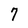
Character: 7